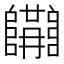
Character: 𨽝